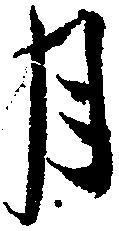
月